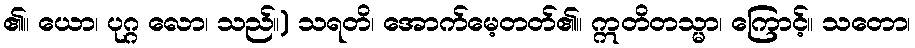
၏။ ယော၊ ပုဂ္ဂ လော၊ သည်။) သရတိ၊ အောက်မေ့တတ်၏။ ဣတိတသ္မာ၊ ကြောင့်။ သတော၊